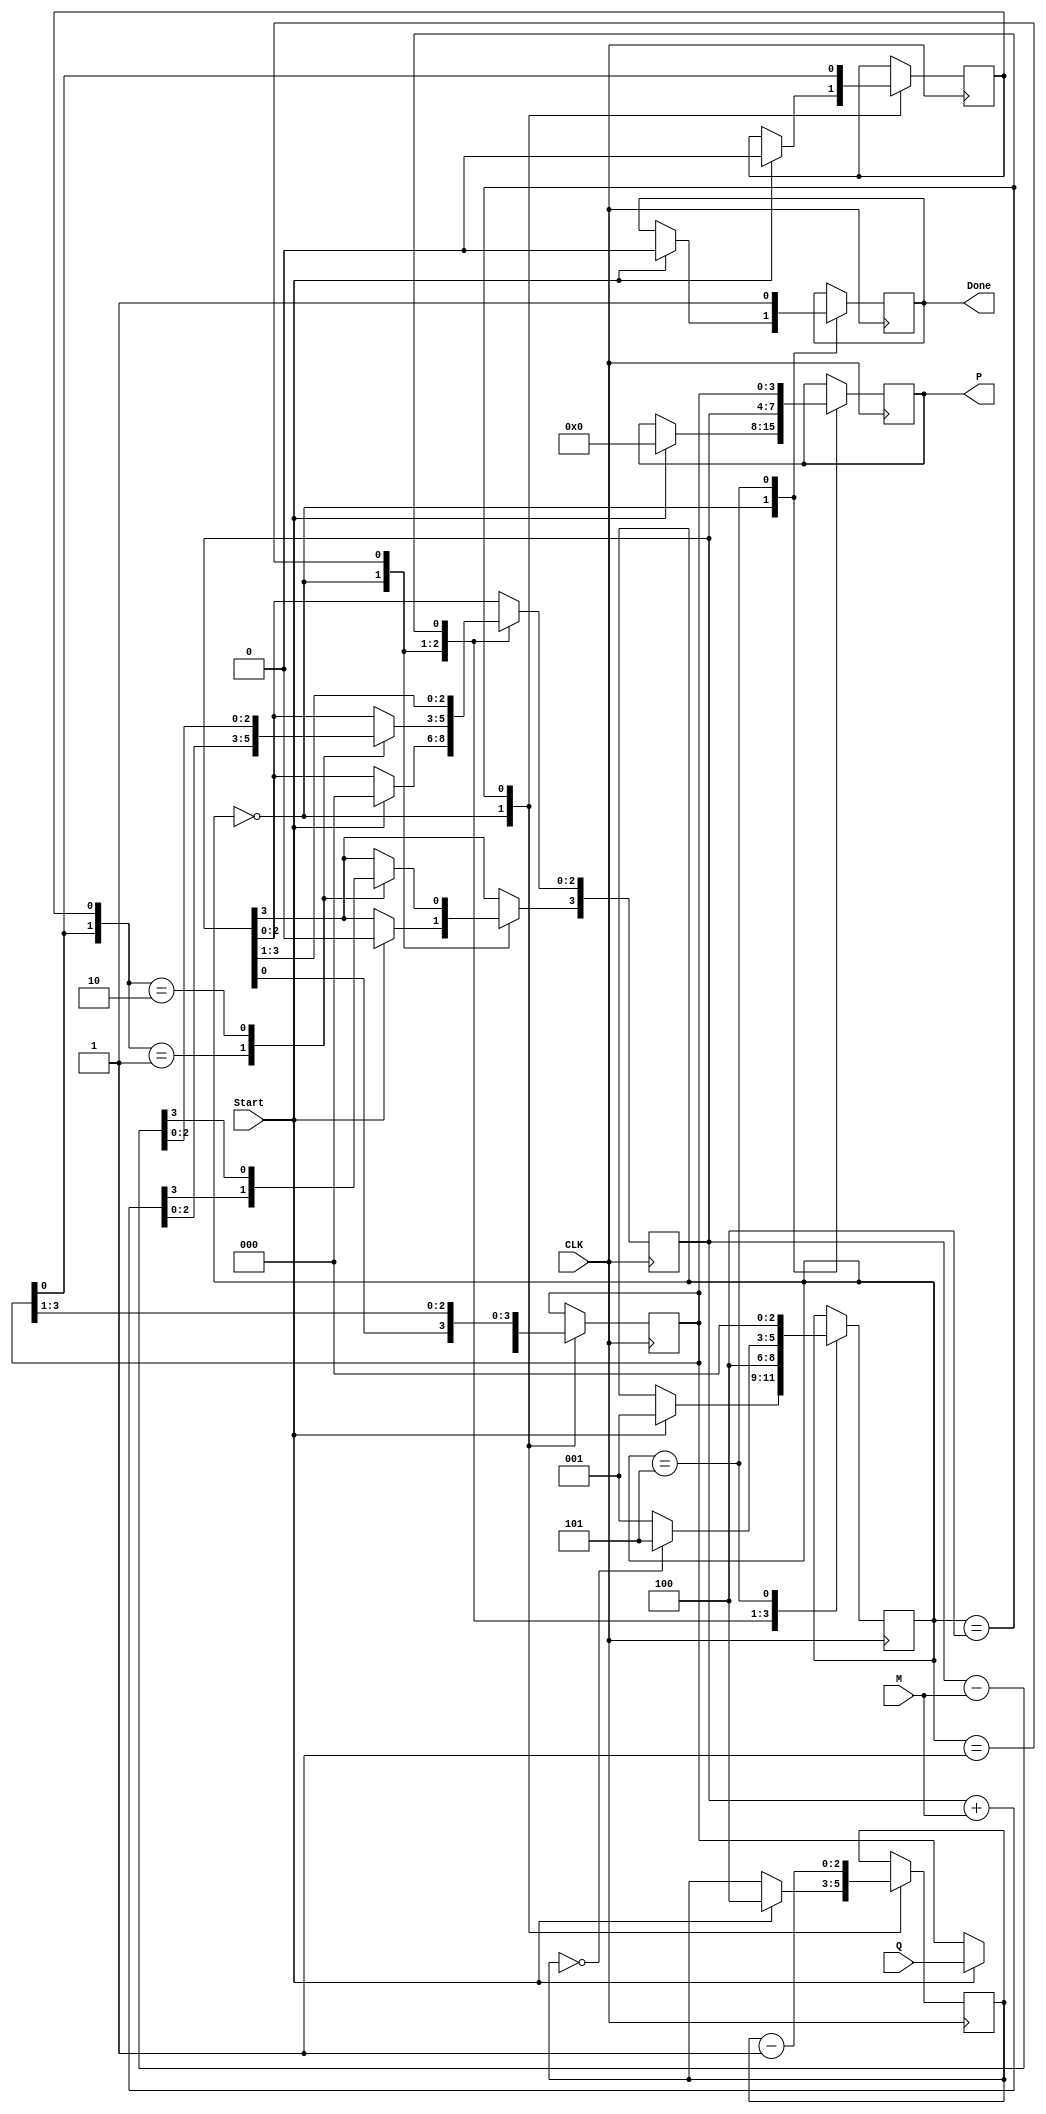
module booth_multiplier #(
    parameter N = 4  // Bit width of multiplicand and multiplier
)(
    input  wire [N-1:0] M,        // Multiplicand
    input  wire [N-1:0] Q,        // Multiplier
    input  wire Start,             // Control signal to start multiplication
    input  wire CLK,               // Clock signal
    output reg [2*N-1:0] P,        // Product (2n bits)
    output reg Done                // Ready signal
);

    reg [N-1:0] A;                // A register
    reg [N-1:0] Q_reg;            // Q register
    reg Q_1;                      // Q-1 register
    reg [2:0] state;              // State variable for FSM
    reg [2:0] count;              // Counter for iterations

    // State encoding
    localparam IDLE   = 3'b000,
               START  = 3'b001,
               ADD    = 3'b010,
               SUB    = 3'b011,
               SHIFT   = 3'b100,
               DONE    = 3'b101;

    always @(posedge CLK) begin
        case(state)
            IDLE: begin
                if (Start) begin
                    // Initialize registers
                    A <= 0;
                    Q_reg <= Q;
                    Q_1 <= 0;
                    P <= 0;
                    count <= N;
                    state <= START;
                    Done <= 0;
                end
            end
            START: begin
                // Check the last two bits for Booth's algorithm
                case({Q_reg[0], Q_1})
                    2'b01: begin
                        A <= A + M;  // A = A + M
                        state <= SHIFT;
                    end
                    2'b10: begin
                        A <= A - M;  // A = A - M
                        state <= SHIFT;
                    end
                    default: begin
                        state <= SHIFT;  // Do nothing
                    end
                endcase
            end
            SHIFT: begin
                // Perform right shift
                {A[N-1], A} <= {A[N-1], A} >> 1; // Preserve sign bit of A
                A[N-1] <= A[N-1]; // Keep the sign bit
                Q_1 <= Q_reg[0]; // Update Q-1
                Q_reg <= {A[0], Q_reg[N-1:1]}; // Shift Q
                count <= count - 1;

                if (count == 0) begin
                    state <= DONE;
                end else begin
                    state <= START;
                end
            end
            DONE: begin
                P <= {A, Q_reg}; // Final product
                Done <= 1;      // Indicate multiplication is complete
                state <= IDLE;  // Go back to idle state
            end
        endcase
    end

endmodule